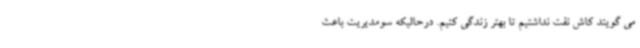
می‌ گویند کاش نفت نداشتیم تا بهتر زندگی کنیم. درحالیکه سومدیریت باعث